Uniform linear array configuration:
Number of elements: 16
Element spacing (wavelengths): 0.75
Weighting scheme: cosine
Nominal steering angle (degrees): -45
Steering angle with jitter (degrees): -45.495
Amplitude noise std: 0.05
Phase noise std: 0.05

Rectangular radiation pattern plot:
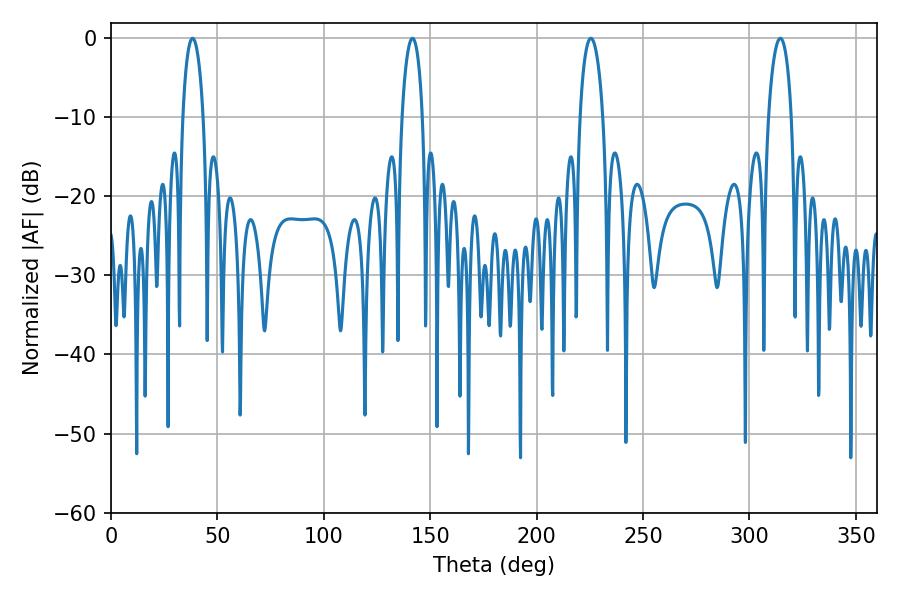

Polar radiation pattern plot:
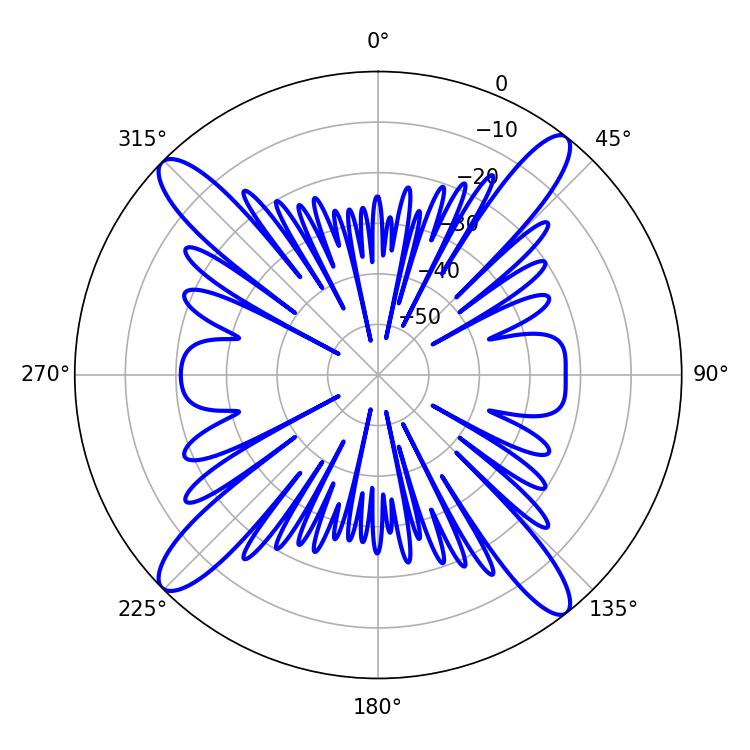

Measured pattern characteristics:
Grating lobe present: TRUE
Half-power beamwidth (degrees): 5.4
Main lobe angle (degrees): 38.34